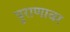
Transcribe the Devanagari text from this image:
पुराणावर